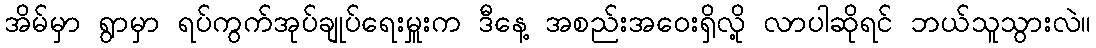
အိမ်မှာ ရွာမှာ ရပ်ကွက်အုပ်ချုပ်ရေးမှူးက ဒီနေ့ အစည်းအဝေးရှိလို့ လာပါဆိုရင် ဘယ်သူသွားလဲ။